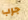
جرب